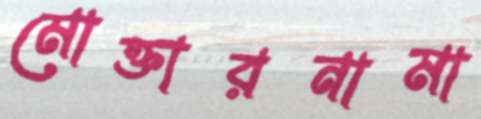
মোক্তারনামা